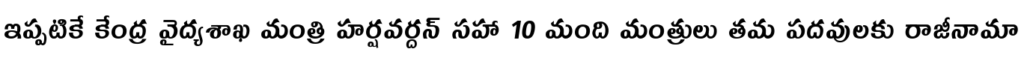
ఇప్పటికే కేంద్ర వైద్యశాఖ మంత్రి హర్షవర్దన్ సహా 10 మంది మంత్రులు తమ పదవులకు రాజీనామా